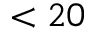
< 2 0